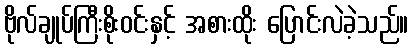
ဗိုလ်ချုပ်ကြီးစိုးဝင်းနှင့် အစားထိုး ပြောင်းလဲခဲ့သည်။